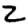
Digit: 2